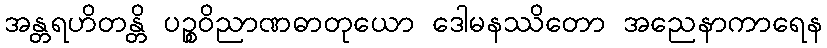
အန္တရဟိတန္တိ ပဉ္စဝိညာဏဓာတုယော ဒေါမနဿိတော အညေနာကာရေန